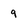
Character: 9